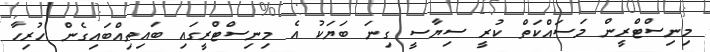
މިނިސްޓްރީން މަސައްކަތް ކުރީ ސިޔާސީ ގިނަ ބަޔަކު އެ މިނިސްޓްރީގައި ބައިތިއްބައިގެން ހުރިހާ